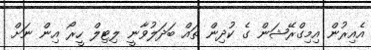
އެއިރުން އިމިގްރޭޝަން ގެ ކުދިން ތައް ބަދަލުވާނީ ލިޓިލް ހީރޯ އިން ނަށް